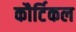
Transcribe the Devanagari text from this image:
कौर्टिकल